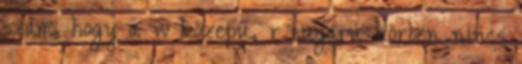
szám, hogy a w közepű, r sugarú körben nincs